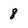
Character: 8